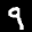
Label: 9